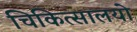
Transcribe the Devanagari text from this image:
चिकित्सालयो